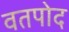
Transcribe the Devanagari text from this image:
वतपोद